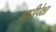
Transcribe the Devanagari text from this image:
आधीपेक्षा